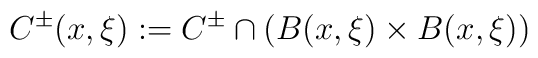
C^\pm(x,\xi):=C^\pm\cap (B(x,\xi)\times B(x,\xi))